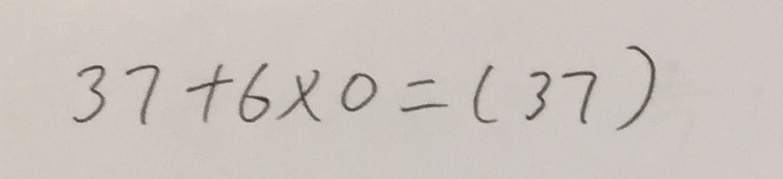
3 7 + 6 \times 0 = ( 3 7 )